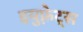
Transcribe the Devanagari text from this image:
इयुफ़्रेट्स